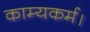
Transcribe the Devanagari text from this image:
काम्यकर्म।